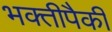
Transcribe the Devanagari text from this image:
भक्तीपैकी